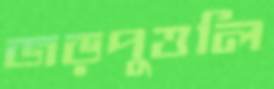
জড়পুত্তলি